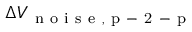
\Delta V _ { \mathrm { ~ n ~ o ~ i ~ s ~ e ~ , ~ p ~ - ~ 2 ~ - ~ p ~ } }